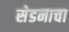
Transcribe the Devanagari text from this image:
सेडनाचा